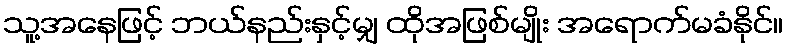
သူ့အနေဖြင့် ဘယ်နည်းနှင့်မျှ ထိုအဖြစ်မျိုး အရောက်မခံနိုင်။